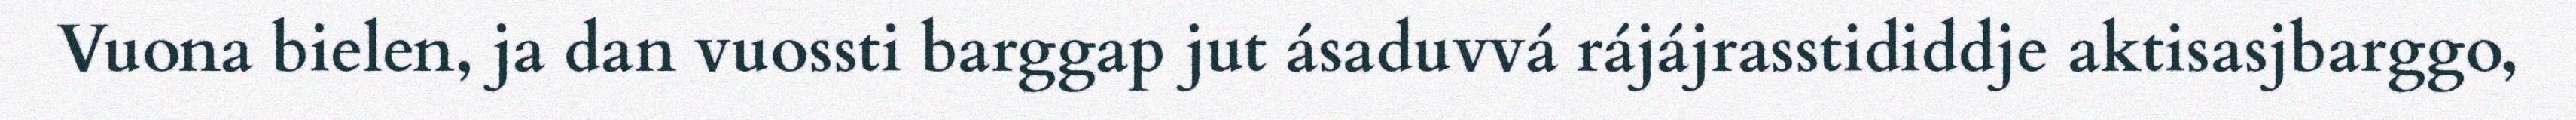
Vuona bielen, ja dan vuossti barggap jut ásaduvvá rájájrasstididdje aktisasjbarggo,